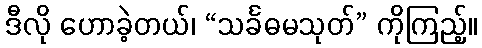
ဒီလို ဟောခဲ့တယ်၊ “သင်္ခဓမသုတ်” ကိုကြည့်။